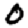
Digit: 0